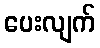
ပေးလျက်